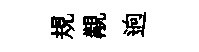
規覯逈